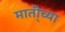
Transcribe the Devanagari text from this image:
माती्च्या